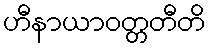
ဟီနာယာဝတ္တတီတိ